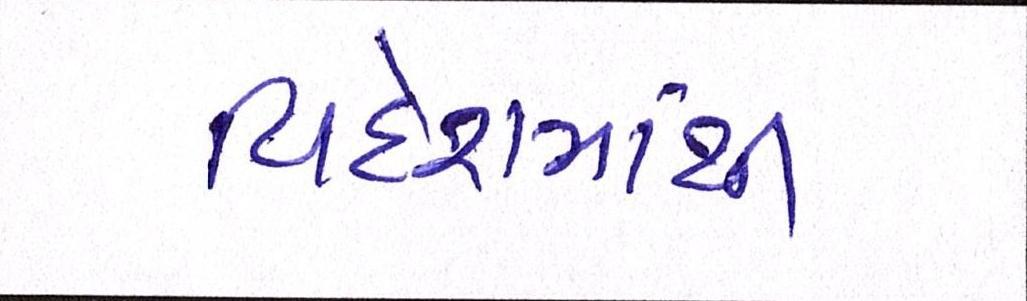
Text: વિદેશમાંથી